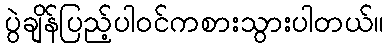
ပွဲချိန်ပြည့်ပါဝင်ကစားသွားပါတယ်။